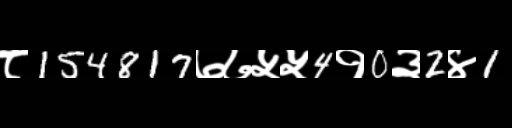
Text: ८154817७७५५4१0३2४1